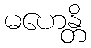
မဟေန္တိ